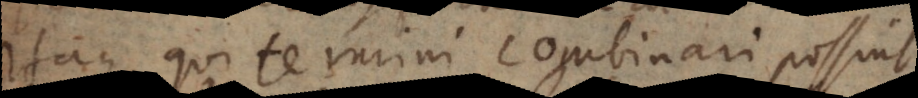
Itaque qui termini combinari possint